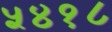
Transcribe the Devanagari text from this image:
५४१८